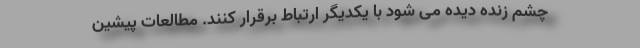
چشم زنده دیده می شود با یکدیگر ارتباط برقرار کنند. مطالعات پیشین